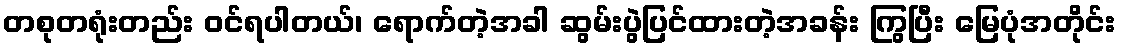
တစုတရုံးတည်း ဝင်ရပါတယ်၊ ရောက်တဲ့အခါ ဆွမ်းပွဲပြင်ထားတဲ့အခန်း ကြွပြီး မြေပုံအတိုင်း